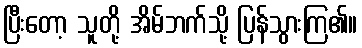
ပြီးတော့ သူတို့ အိမ်ဘက်သို့ ပြန်သွားကြ၏။